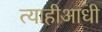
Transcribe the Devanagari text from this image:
त्याहीआधी